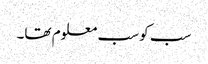
سب کو سب معلوم تھا۔